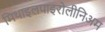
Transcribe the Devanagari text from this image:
मिथाइलपाइरोलीनिअम